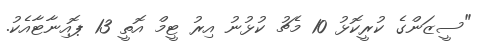
"ސީޒަންގެ ކުރީކޮޅު 10 މެޗު ކުޅުނު އިރު ޓީމް އޮތީ 13 ޕޮއިނާޓާއެކު.